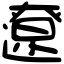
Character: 遼